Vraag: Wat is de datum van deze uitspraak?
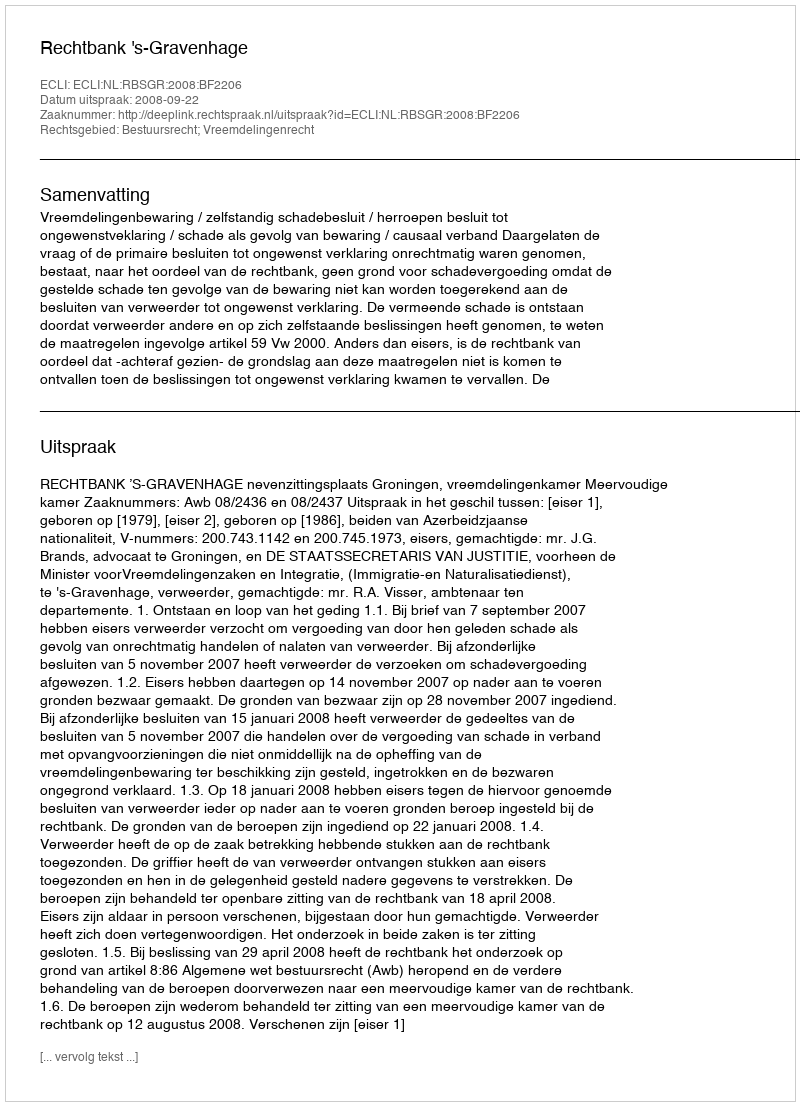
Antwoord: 2008-09-22